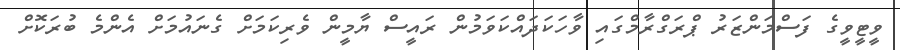
ވީޓީވީގެ ފަސްމަންޒަރު ޕްރަގްރާމްގައި ވާހަކަދައްކަވަމުން ރައީސް ޔާމީން ވެރިކަމަށް ގެނައުމަށް އެންމެ ބުރަކޮށް